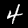
Digit: 4